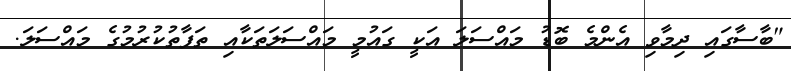
"ބާސާގައި ދިމާވި އެންމެ ބޮޑު މައްސަލަ އަކީ ގައުމީ މައްސަލަތަކާއި ތަފާތުކުރުމުގެ މައްސަލަ.